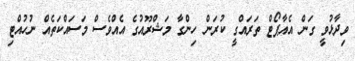
ވިދާޅުވީ ގަން އެއާޕޯޓް ތަރައްގީ ކުރަން ހިންގާ މަޝްރޫއުގެ އެއްވެސް މަސައްކަތެއް ނުހުއްޓި